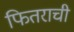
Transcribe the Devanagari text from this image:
फितराची